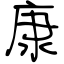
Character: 康